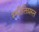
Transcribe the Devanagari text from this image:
स्फीतिग्रस्त